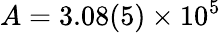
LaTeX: A=3.08(5)\times 10^{5}